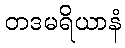
တဒမရိယာနံ